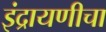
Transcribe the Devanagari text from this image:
इंद्रायणीचा